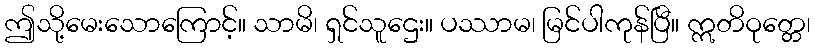
ဤသို့မေးသောကြောင့်။ သာမိ၊ ရှင်သူဌေး။ ပဿာမ၊ မြင်ပါကုန်ပြီ။ ဣတိဝုတ္တေ၊